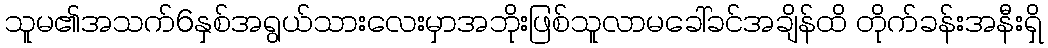
သူမ၏အသက်6နှစ်အရွယ်သားလေးမှာအဘိုးဖြစ်သူလာမခေါ်ခင်အချိန်ထိ တိုက်ခန်းအနီးရှိ